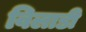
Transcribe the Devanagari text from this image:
विलाडी